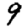
Digit: 9